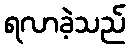
ရလာခဲ့သည်